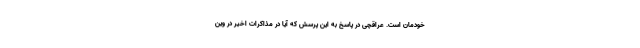
خودمان است. عراقچی در پاسخ به این پرسش که آیا در مذاکرات اخیر در وین